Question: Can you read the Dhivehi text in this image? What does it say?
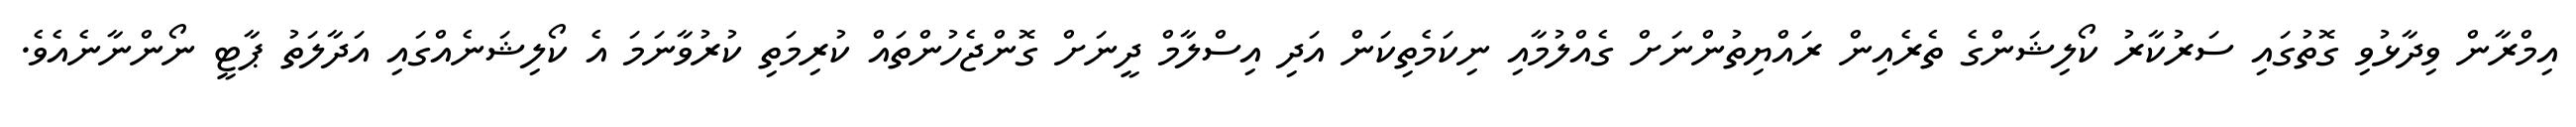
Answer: އިމްރާން ވިދާޅުވި ގޮތުގައި ސަރުކާރު ކޯލިޝަންގެ ތެރެއިން ރައްޔިތުންނަށް ގެއްލުމާއި ނިކަމެތިކަން އަދި އިސްލާމް ދީނަށް ގޮންޖެހުންތައް ކުރިމަތި ކުރުވާނަމަ އެ ކޯލިޝަނެއްގައި އަދާލަތު ޕާޓީ ނޯންނާނެއެވެ.